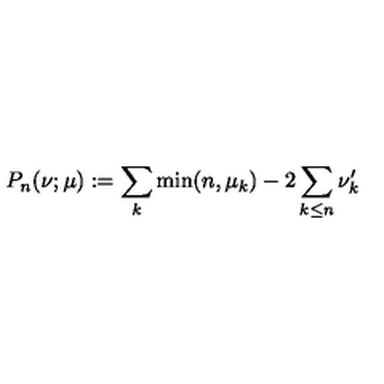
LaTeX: P _ { n } ( \nu ; \mu ) : = \sum _ { k } \min ( n , \mu _ { k } ) - 2 \sum _ { k \le n } \nu _ { k } ^ { \prime }